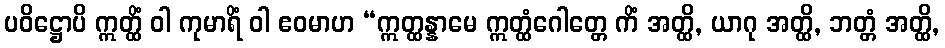
ပဝိဋ္ဌောပိ ဣတ္ထိံ ဝါ ကုမာရိံ ဝါ ဧဝမာဟ “ဣတ္ထန္နာမေ ဣတ္ထံဂေါတ္တေ ကိံ အတ္ထိ, ယာဂု အတ္ထိ, ဘတ္တံ အတ္ထိ,